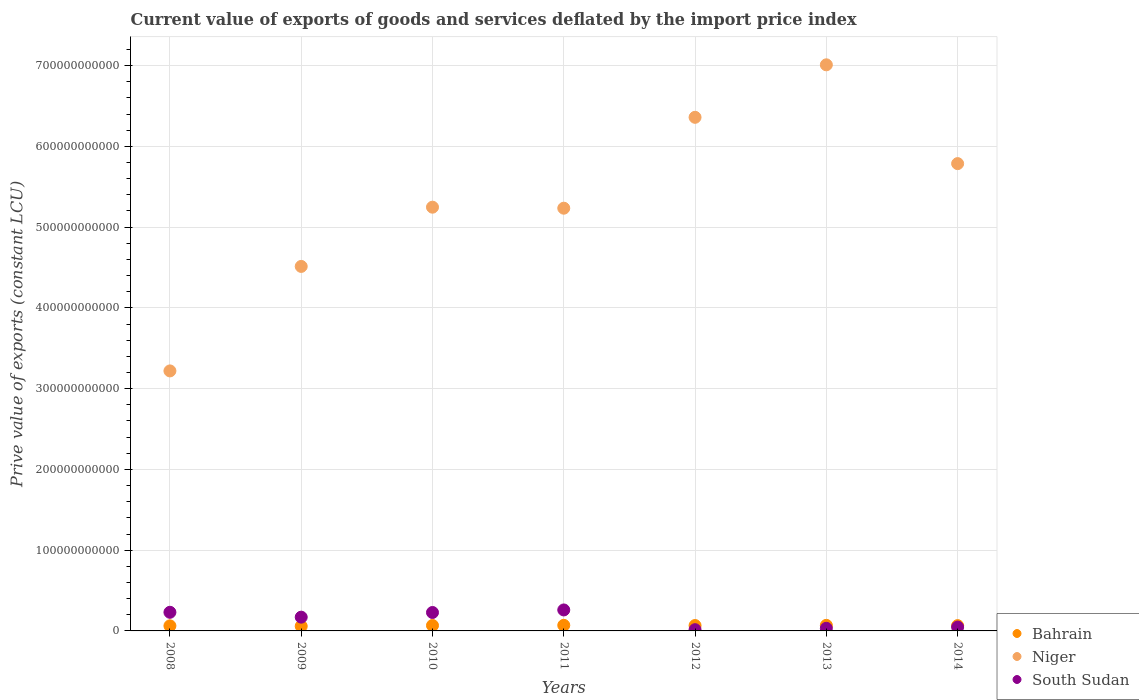
| Years | Bahrain | Niger | South Sudan |
 | --- | --- | --- | --- |
 | 2008 | 6.31e+09 | 3.22e+11 | 2.31e+10 |
 | 2009 | 5.81e+09 | 4.51e+11 | 1.7e+10 |
 | 2010 | 6.72e+09 | 5.25e+11 | 2.28e+10 |
 | 2011 | 6.94e+09 | 5.23e+11 | 2.6e+10 |
 | 2012 | 6.67e+09 | 6.36e+11 | 1.55e+09 |
 | 2013 | 6.9e+09 | 7.01e+11 | 3.25e+09 |
 | 2014 | 6.56e+09 | 5.79e+11 | 4.76e+09 |